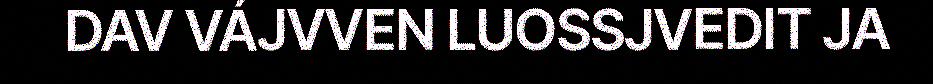
DAV VÁJVVEN LUOSSJVEDIT JA